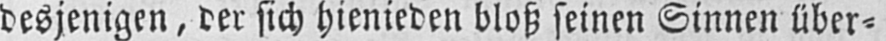
desjenigen, der sich hienieden bloß seinen Sinnen über⸗